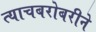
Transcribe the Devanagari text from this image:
त्याचबरोबरीने